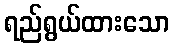
ရည်ရွယ်ထားသော